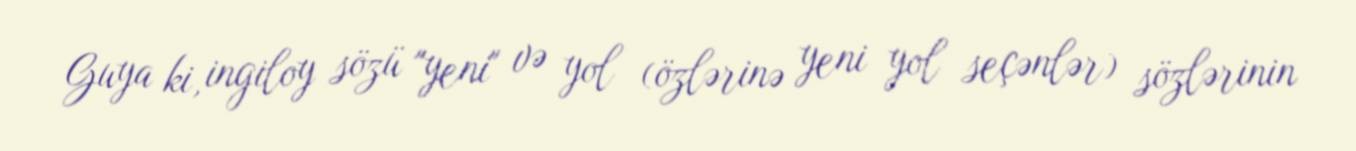
Guya ki, ingiloy sözü "yeni" və yol (özlərinə yeni yol seçənlər) sözlərinin